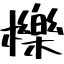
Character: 櫟